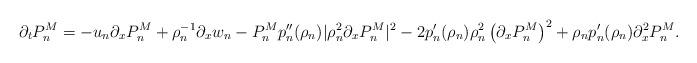
LaTeX: \begin{align*} \partial_{t}P_{n}^{M} = - u_{n} \partial_{x} P_{n}^{M} + \rho_{n}^{-1} \partial_{x}w_{n} - P_{n}^{M} p_{n}''(\rho_{n})|\rho_{n}^{2} \partial_{x}P_{n}^{M}|^{2} - 2p_{n}'(\rho_{n})\rho_{n}^{2} \left( \partial_{x} P_{n}^{M} \right)^{2} + \rho_{n} p_{n}'(\rho_{n}) \partial_{x}^{2}P_{n}^{M}.\end{align*}